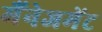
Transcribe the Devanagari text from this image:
मैंनेजमेंट